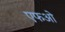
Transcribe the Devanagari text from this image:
एफओ